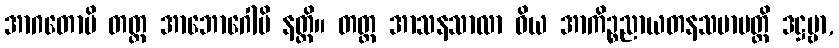
အာဂတောပိ တတ္ထ အာဘောဂေါပိ နတ္ထိ။ တတ္ထ အာသနသာလာ ဝိယ အာကိဉ္စညာယတနသမာပတ္တိ ဒဋ္ဌဗ္ဗာ,